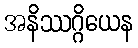
အနိဿဂ္ဂိယေန